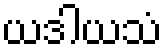
ယဒါယသံ